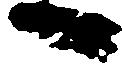
へ